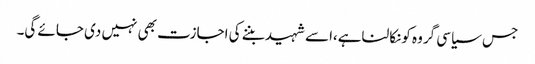
جس سیاسی گروہ کونکالناہے،اسے شہیدبننے کی اجازت بھی نہیں دی جائے گی۔